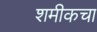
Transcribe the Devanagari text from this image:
शमीकचा